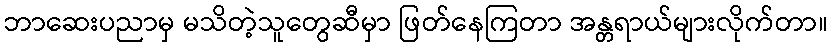
ဘာဆေးပညာမှ မသိတဲ့သူတွေဆီမှာ ဖြတ်နေကြတာ အန္တရာယ်များလိုက်တာ။